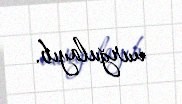
vurğulayıb.